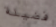
فضيلة